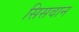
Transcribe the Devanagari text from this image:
सिसवान